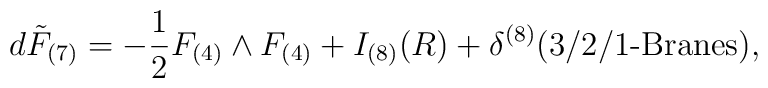
d \tilde{F}_{(7)} = -\frac{1}{2}F_{(4)}\wedge F_{(4)}+I_{(8)}(R)+\delta^{(8)}(3/2/1\mbox{-Branes}),